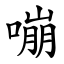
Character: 嘣